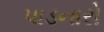
પાડનારો